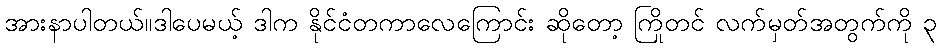
အားနာပါတယ်။ဒါပေမယ့် ဒါက နိုင်ငံတကာလေကြောင်း ဆိုတော့ ကြိုတင် လက်မှတ်အတွက်ကို ၃